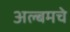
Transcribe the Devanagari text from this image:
अल्बमचे